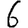
Digit: 6